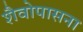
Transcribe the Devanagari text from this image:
शैवोपासना